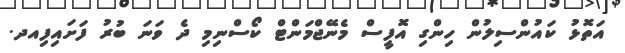
އަތޮޅު ކައުންސިލުން ހިންގި އޮފީސް މެނޭޖްމަންޓް ކޯސްނިމި ދެ ވަނަ ބުރު ފަށައިފިއދ.